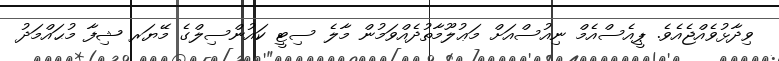
ވިދާޅުވެއްޖެއެވެ. ޕީއެސްއެމް ނިއުސްއަށް މަޢުލޫމާތުދެއްވަމުން މާލެ ސިޓީ ކައުންސިލްގެ މޭޔަރ ޝިފާ މުޙައްމަދު